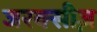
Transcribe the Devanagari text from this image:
जरक्सीज़